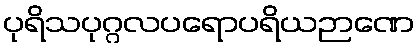
ပုရိသပုဂ္ဂလပရောပရိယဉာဏေ